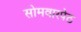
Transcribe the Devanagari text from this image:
सोमवारपेठ